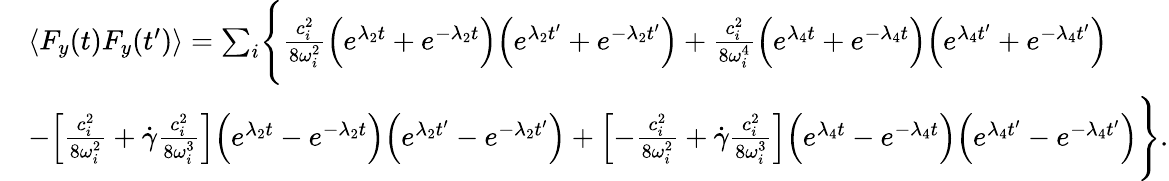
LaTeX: \begin{array}{rl}&{\langle F_{y}(t)F_{y}(t^{\prime})\rangle=\sum_{i}\Biggl\{ \frac{c_{i}^{2}}{8\omega_{i}^{2}}\Bigl(e^{\lambda_{2}t}+e^{-\lambda_{2}t}\Bigr)\Bigl(e^{\lambda_{2}t^{\prime}}+e^{-\lambda_{2}t^{\prime}}\Bigr)+\frac{c_{i}^{2}}{8\omega_{i}^{4}}\Bigl(e^{\lambda_{4}t}+e^{-\lambda_{4}t}\Bigr)\Bigl(e^{\lambda_{4}t^{\prime}}+e^{-\lambda_{4}t^{\prime}}\Bigr)}\\ &{-\Bigl[\frac{c_{i}^{2}}{8\omega_{i}^{2}}+\dot{\gamma}\frac{c_{i}^{2}}{8\omega_{i}^{3}}\Bigr]\Bigl(e^{\lambda_{2}t}-e^{-\lambda_{2}t}\Bigr)\Bigl(e^{\lambda_{2}t^{\prime}}-e^{-\lambda_{2}t^{\prime}}\Bigr)+\Bigl[-\frac{c_{i}^{2}}{8\omega_{i}^{2}}+\dot{\gamma}\frac{c_{i}^{2}}{8\omega_{i}^{3}}\Bigr]\Bigl(e^{\lambda_{4}t}-e^{-\lambda_{4}t}\Bigr)\Bigl(e^{\lambda_{4}t^{\prime}}-e^{-\lambda_{4}t^{\prime}}\Bigr)\Biggr\} .}\end{array}